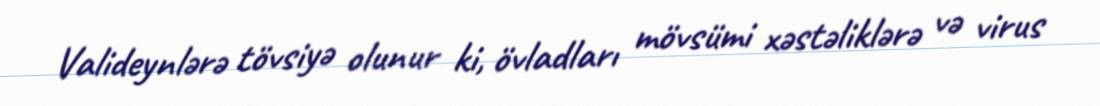
Valideynlərə tövsiyə olunur ki, övladları mövsümi xəstəliklərə və virus